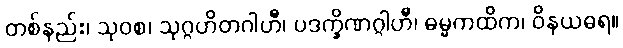
တစ်နည်း၊ သုဝစ၊ သုဂ္ဂဟိတဂါဟီ၊ ပဒက္ခိဏဂ္ဂါဟီ၊ ဓမ္မကထိက၊ ဝိနယဓရ။